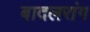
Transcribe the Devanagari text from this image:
बादलरांग